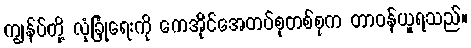
ကျွန်ပ်တို့ လုံခြုံရေးကို ကေအိုင်အေတပ်စုတစ်စုက တာဝန်ယူရသည်။